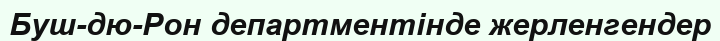
Буш-дю-Рон департментінде жерленгендер